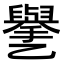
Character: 㐦